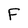
Character: F